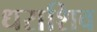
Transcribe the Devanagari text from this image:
धराशिव